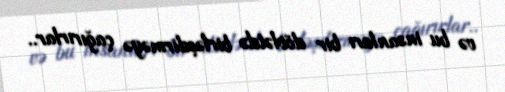
və bu insanları bir dövlətdə birləşdirməyə çağırırlar..